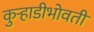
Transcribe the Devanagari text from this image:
कुर्‍हाडीभोवती